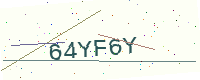
Text: 64YF6Y